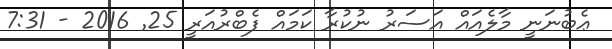
ޢެބުނަނީ މާލެއައް އަސަރު ނުކުރާ ކަމައް ފެބްރުއަރީ 25